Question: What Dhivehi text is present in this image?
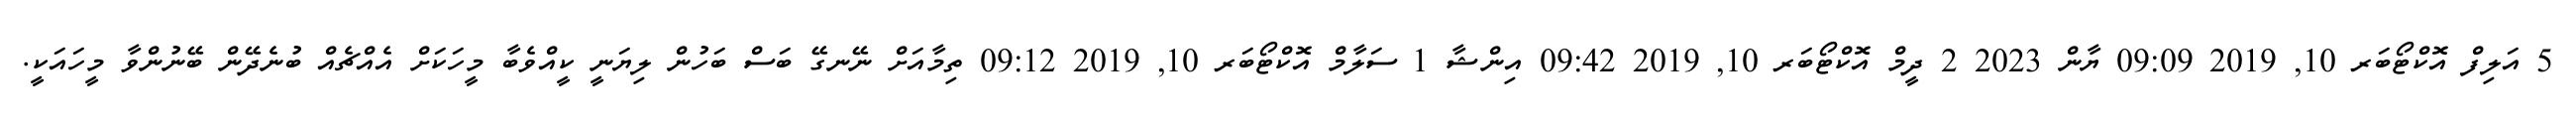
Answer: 5 އަލިފް އޮކްޓޯބަރ 10, 2019 09:09 ޔާން 2023 2 ދީމް އޮކްޓޯބަރ 10, 2019 09:42 އިންޝާ 1 ސަލާމް އޮކްޓޯބަރ 10, 2019 09:12 ތިމާއަށް ނޭނގޭ ބަސް ބަހުން ލިޔަނީ ކީއްވެބާ މީހަކަށް އެއްޗެއް ބުނެދޭން ބޭނުންވާ މީހައަކީ.